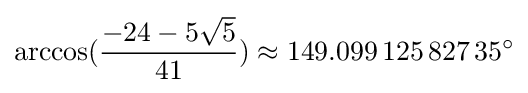
\arccos({\frac {-24-5{\sqrt {5}}}{41}})\approx 149.099\,125\,827\,35^{\circ }